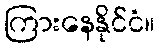
ကြားနေနိုင်ငံ။